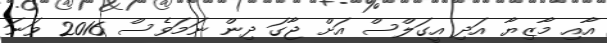
އާއި މާޒިޔާ އަދި އީގަލްސް އަށް ޖާގަ ދިން ނަމަވެސް 2016 ވަނަ